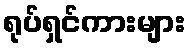
ရုပ်ရှင်ကားများ